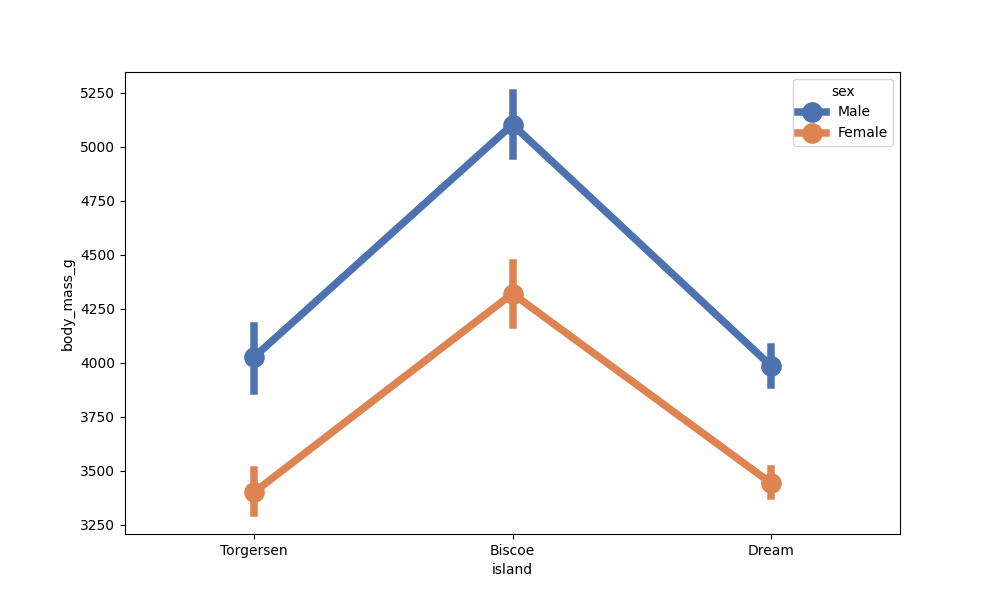
python, seaborn, pointplot, scale=2.0, join=True, hue='sex', palette='deep'